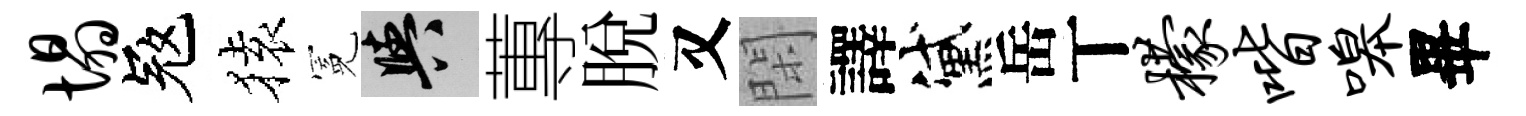
塌冦𫞤冕阳蓴脫又閑譯黛岳丅檬喈嗥畢